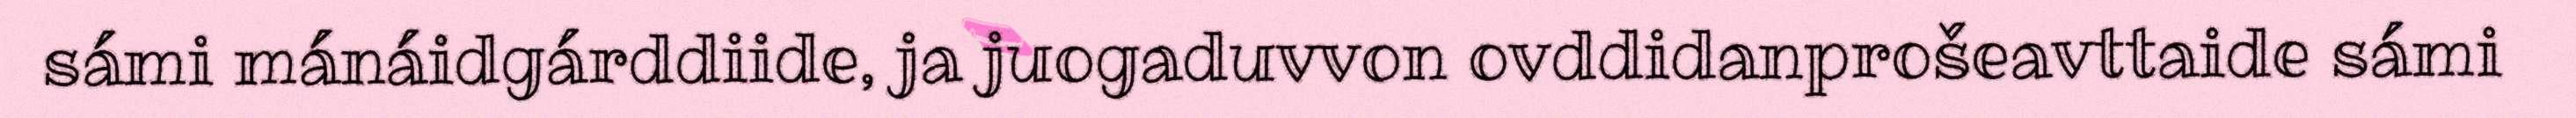
sámi mánáidgárddiide, ja juogaduvvon ovddidanprošeavttaide sámi